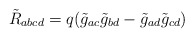
\begin{align*}\tilde R_{abcd}=q(\tilde g_{ac}\tilde g_{bd}-\tilde g_{ad}\tilde g_{cd})\end{align*}